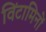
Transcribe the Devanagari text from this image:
विंटामिनों